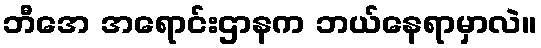
ဘီအေ အရောင်းဌာနက ဘယ်နေရာမှာလဲ။